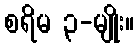
စရိမ ၃-မျိုး။